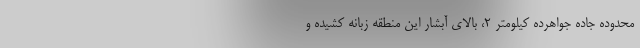
محدوده جاده جواهرده کیلومتر ۲، بالای آبشار این منطقه زبانه کشیده و